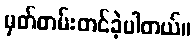
မှတ်တမ်းတင်ခဲ့ပါတယ်။